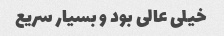
خیلی عالی بود و بسیار سریع